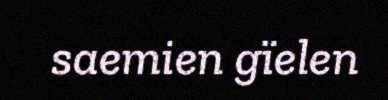
saemien gïelen